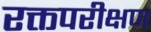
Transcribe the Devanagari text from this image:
रक्तपरीक्षण